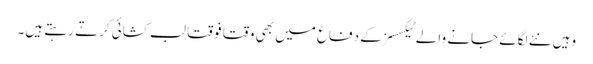
وہیں نئے لگائے جانے والے ٹیکسسز کے دفاع میں بھی وقتا فوقتا لب کشائی کرتے رہتے ہیں۔